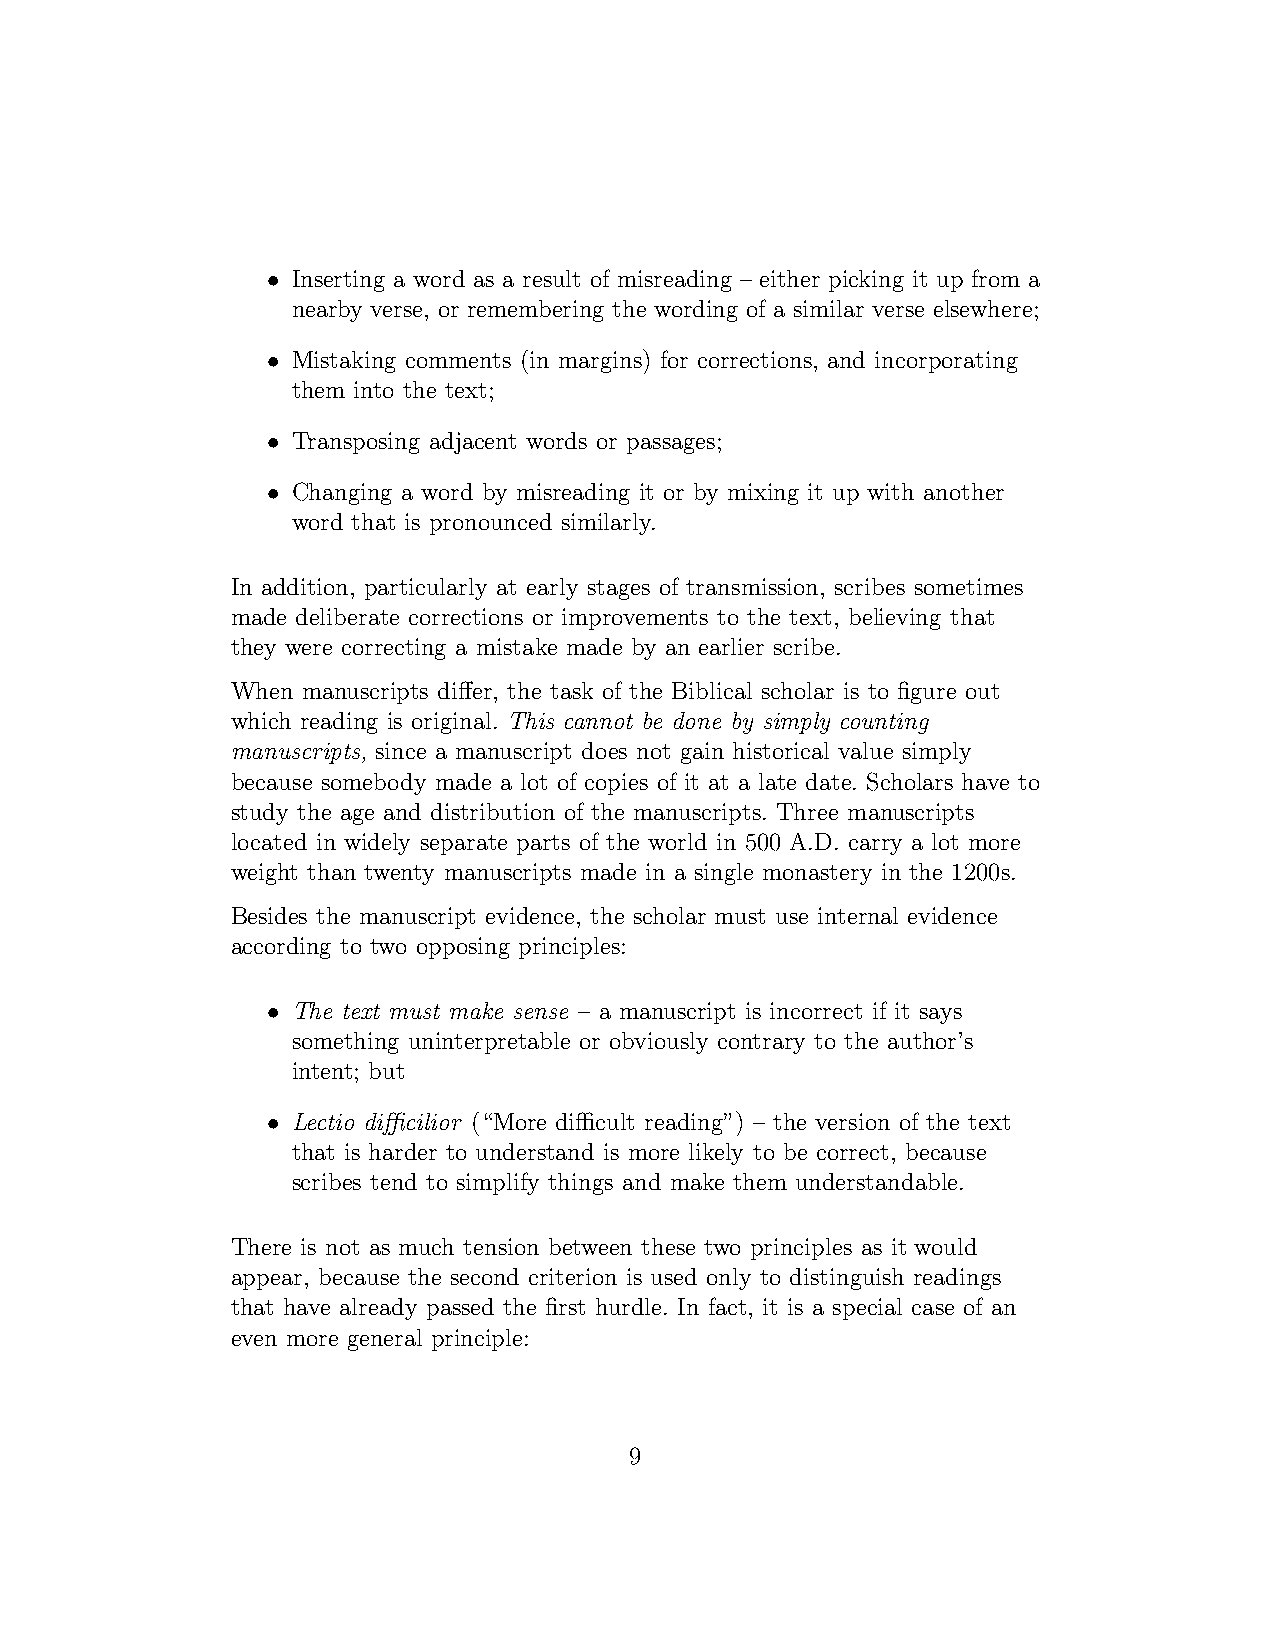
•
 Inserting a word as a result of misreading – either picking it up from a
 nearby verse, or remembering the wording of a similar verse elsewhere;
 •
 Mistaking comments (in margins) for corrections, and incorporating
 them into the text;
 •
 Transposing adjacent words or passages;
 •
 Changing a word by misreading it or by mixing it up with another
 word that is pronounced similarly.
 In addition, particularly at early stages of transmission, scribes sometimes
 made deliberate corrections or improvements to the text, believing that
 they were correcting a mistake made by an earlier scribe.
 When manuscripts differ, the task of the Biblical scholar is to figure out
 which reading is original. This cannot be done by simply counting
 manuscripts, since a manuscript does not gain historical value simply
 because somebody made a lot of copies of it at a late date. Scholars have to
 study the age and distribution of the manuscripts. Three manuscripts
 located in widely separate parts of the world in 500 A.D. carry a lot more
 weight than twenty manuscripts made in a single monastery in the 1200s.
 Besides the manuscript evidence, the scholar must use internal evidence
 according to two opposing principles:
 •
 The text must make sense – a manuscript is incorrect if it says
 something uninterpretable or obviously contrary to the author’s
 intent; but
 •
 Lectio difficilior (“More difficult reading”) – the version of the text
 that is harder to understand is more likely to be correct, because
 scribes tend to simplify things and make them understandable.
 There is not as much tension between these two principles as it would
 appear, because the second criterion is used only to distinguish readings
 that have already passed the first hurdle. In fact, it is a special case of an
 even more general principle:
 9